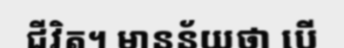
ជីវិត។ មានន័យថា បើ